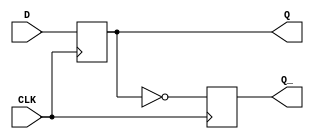
module d_flip_flop (
    input wire D, // Data input
    input wire CLK, // Clock input
    output reg Q, // Output Q
    output reg Q_ // Output Q'
);

always @(posedge CLK) begin
    Q <= D; // Store the input data on the rising edge of the clock signal
    Q_ <= ~Q; // Output Q' is the inverse of Q
end

endmodule